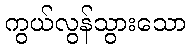
ကွယ်လွန်သွားသော